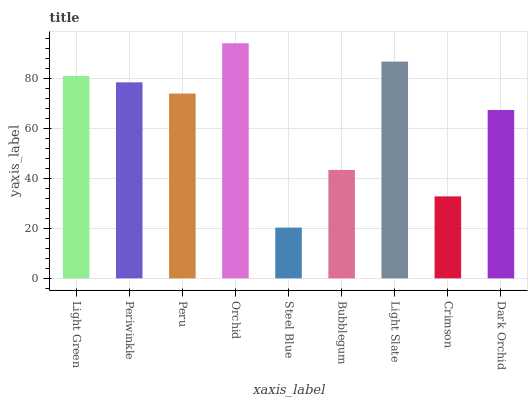
| xaxis_label | bars |
 | --- | --- |
 | Light Green | 81.1 |
 | Periwinkle | 78.6 |
 | Peru | 74.1 |
 | Orchid | 94.2 |
 | Steel Blue | 20.3 |
 | Bubblegum | 43.5 |
 | Light Slate | 86.9 |
 | Crimson | 32.8 |
 | Dark Orchid | 67.5 |